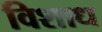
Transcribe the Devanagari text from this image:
विशाध